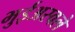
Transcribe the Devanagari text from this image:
भुईअस्वले